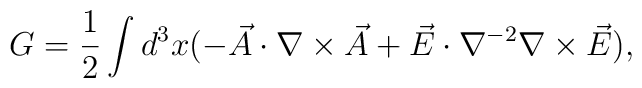
G= \frac{1}{2} \int d^3x (-\vec{A} \cdot \nabla \times \vec{A} +\vec{E} \cdot \nabla^{-2} \nabla \times \vec{E}),